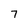
Character: 7